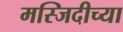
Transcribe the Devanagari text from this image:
मस्जिदीच्या